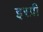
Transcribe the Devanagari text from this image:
इस्प्री